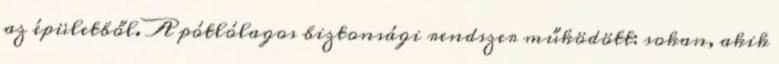
az épületből. A pótlólagos biztonsági rendszer működött: sokan, akik